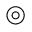
\circledcirc